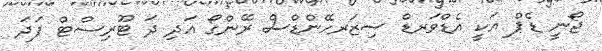
ޖޯނީ ޑެޕް އަކީ އެޑްވަރޑް ސިޒަރހޭންޑްސް ރޭންގޯ އަދި ދަ ޓޫރިސްޓް ފަދަ